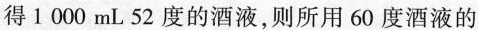
得1000mL52度的酒液，则所用60度酒液的